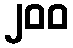
၂၀၀